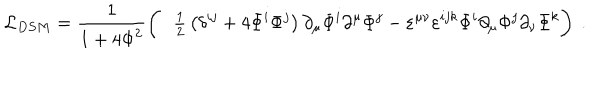
\! \! \! \! { \cal L } _ { D S M } = \frac 1 { 1 + 4 { \Phi } ^ { 2 } } \left( \phantom { \frac I I } \! { \textstyle \frac 1 2 } \left( \delta ^ { i j } + 4 \Phi ^ { i } \Phi ^ { j } \right) \partial _ { \mu } \Phi ^ { i } \partial ^ { \mu } \Phi ^ { j } - \varepsilon ^ { \mu \nu } \varepsilon ^ { i j k } \Phi ^ { i } \partial _ { \mu } \Phi ^ { j } \partial _ { \nu } \Phi ^ { k } \right) ~ .